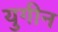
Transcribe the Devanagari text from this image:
युगीन